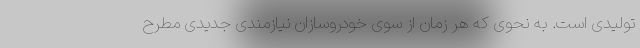
تولیدی است. به نحوی که هر زمان از سوی خودروسازان نیازمندی جدیدی مطرح